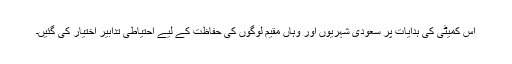
اس کمیٹی کی ہدایات پر سعودی شہریوں اور وہاں مقیم لوگوں کی حفاظت کے لیے احتیاطی تدابیر اختیار کی گئیں۔